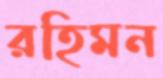
রহিমন